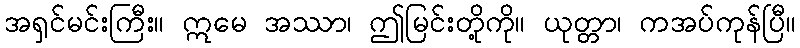
အရှင်မင်းကြီး။ ဣမေ အဿာ၊ ဤမြင်းတို့ကို။ ယုတ္တာ၊ ကအပ်ကုန်ပြီ။